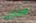
الإقتراب